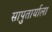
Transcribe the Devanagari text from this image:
सापुतार्याला